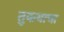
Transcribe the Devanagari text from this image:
तुकयाचा